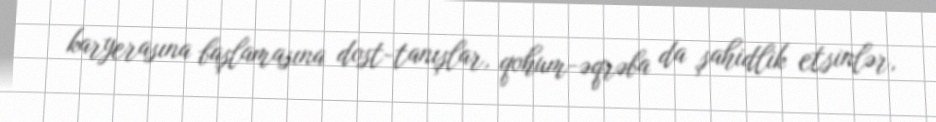
karyerasına başlamasına dost-tanışlar, qohum-əqrəba da şahidlik etsinlər,